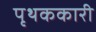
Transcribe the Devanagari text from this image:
पृथककारी